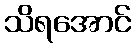
သိရအောင်